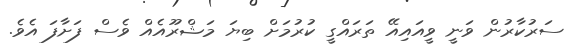
ސަރުކާރުން ވަނީ ވީއައިއޭ ތަރައްގީ ކުރުމަށް ބިޔަ މަޝްރޫއެއް ވެސް ފަށާފަ އެވެ.